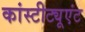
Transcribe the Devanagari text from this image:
कांस्टीट्यूएंट